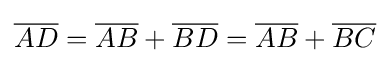
{\overline {AD}}={\overline {AB}}+{\overline {BD}}={\overline {AB}}+{\overline {BC}}